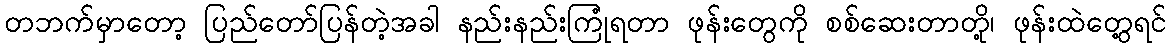
တဘက်မှာတော့ ပြည်တော်ပြန်တဲ့အခါ နည်းနည်းကြုံရတာ ဖုန်းတွေကို စစ်ဆေးတာတို့၊ ဖုန်းထဲတွေ့ရင်